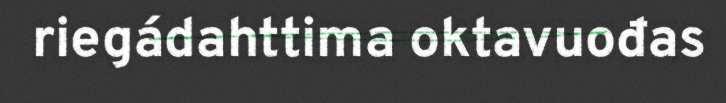
riegádahttima oktavuođas